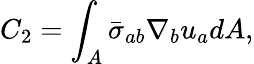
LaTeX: C_{2}=\int_{A}\bar{\sigma}_{ab}\nabla_{b}u_{a}dA,